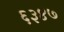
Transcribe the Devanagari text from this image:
६३४७